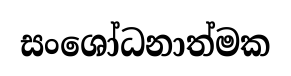
සංශෝධනාත්මක